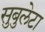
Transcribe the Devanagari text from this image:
सुबुलेटा